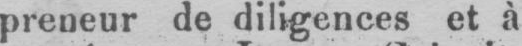
preneur de diligences et à